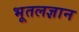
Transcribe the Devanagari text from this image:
भूतलज्ञान